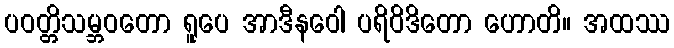
ပဝတ္တိသမ္ဘဝတော ရူပေ အာဒီနဝေါ ပရိဝိဒိတော ဟောတိ။ အထဿ